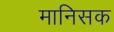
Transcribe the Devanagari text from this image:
मानिसक